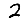
Digit: 2